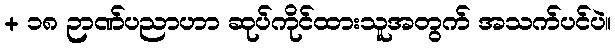
+ ၁၈ ဉာဏ်ပညာဟာ ဆုပ်ကိုင်ထားသူအတွက် အသက်ပင်ပဲ။